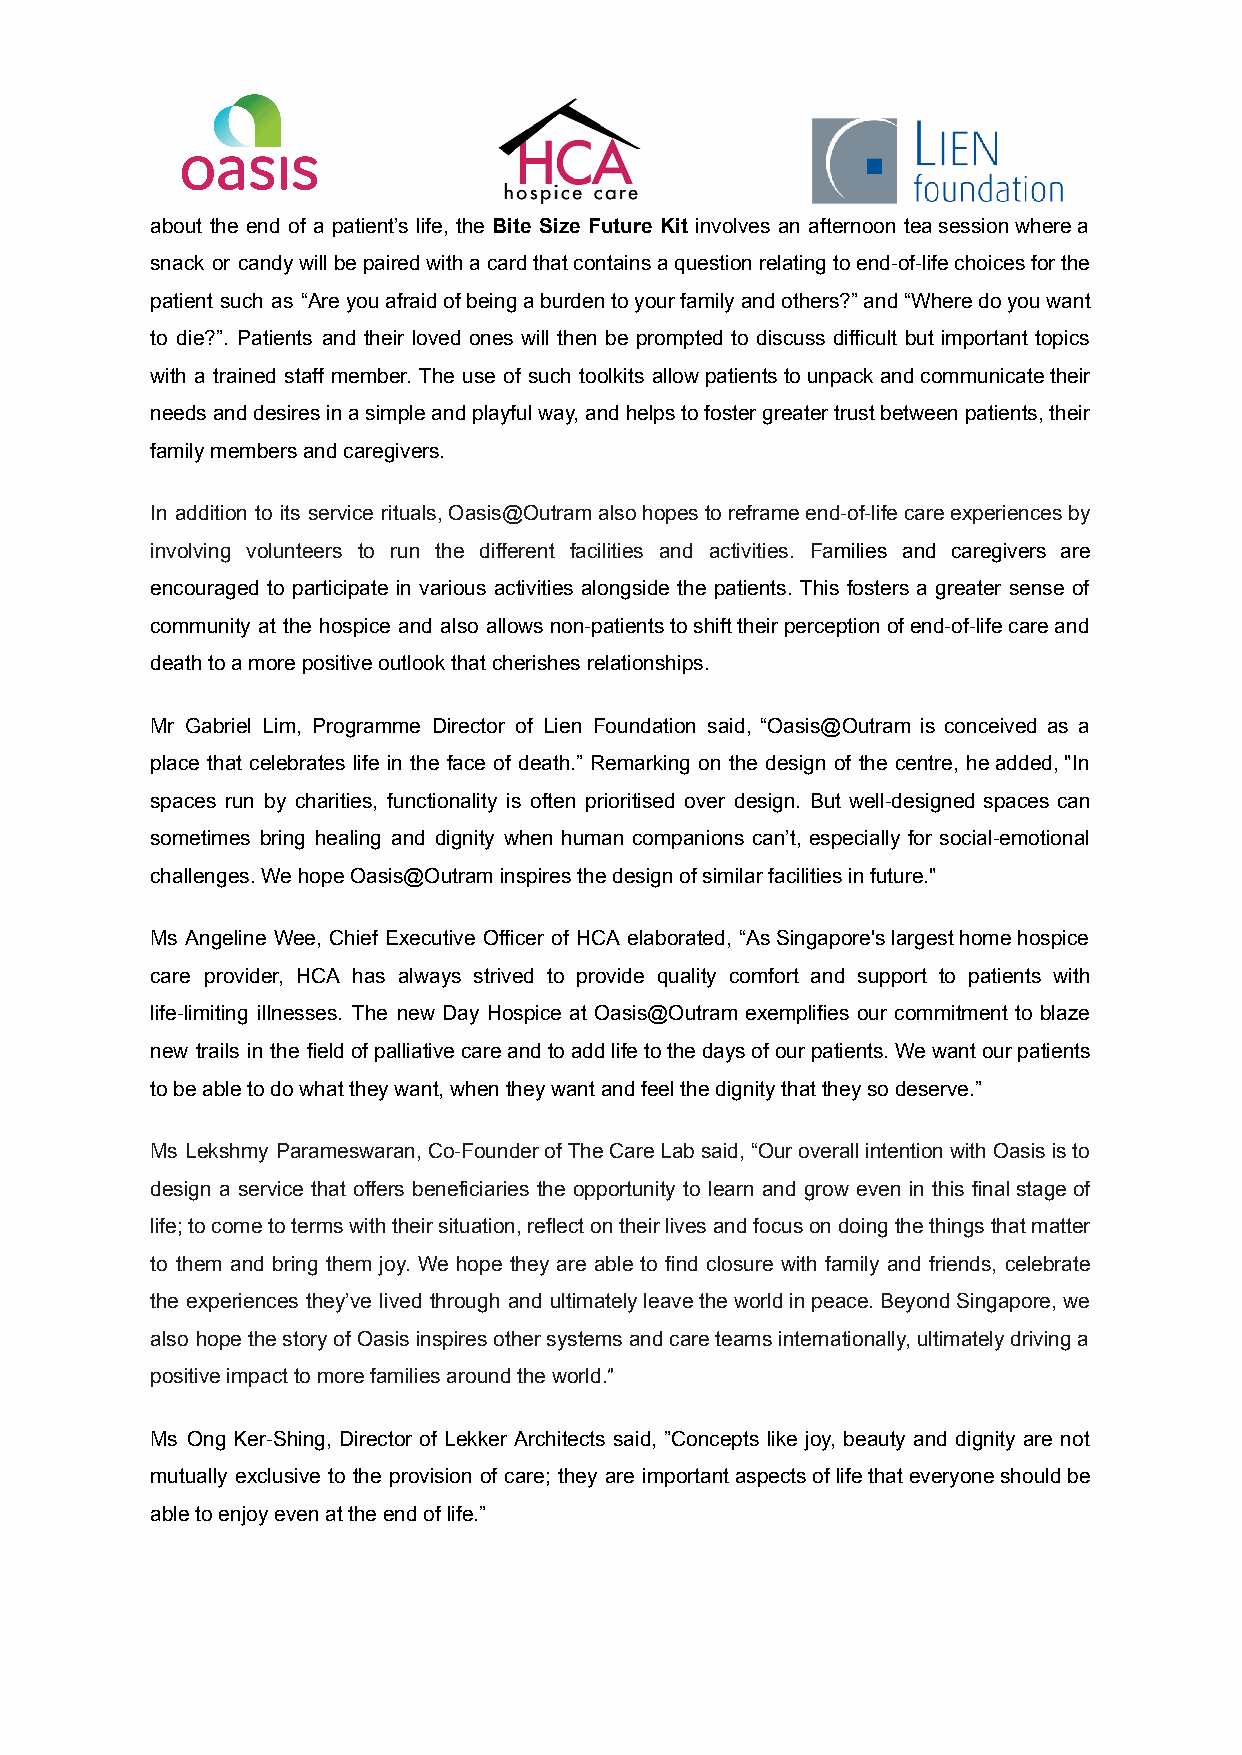
about the end of a patient’s life, the Bite Size Future Kit involves an afternoon teasessionwherea
 snack or candywillbepairedwithacardthatcontainsaquestionrelatingtoend-of-lifechoicesforthe
 patient such as “Areyouafraidofbeingaburdentoyourfamilyandothers?”and“Wheredoyouwant
 to die?”. Patients and their loved ones will then be prompted to discuss difficult but important topics
 with a trained staff member. The use of such toolkits allowpatientstounpackandcommunicatetheir
 needsanddesiresinasimpleandplayfulway,andhelpstofostergreatertrustbetweenpatients,their
 family members and caregivers.
 In addition to its service rituals,Oasis@Outramalsohopestoreframeend-of-lifecareexperiencesby
 involving volunteers to run the different facilities and activities. Families and caregivers are
 encouraged to participate in various activities alongside the patients. This fosters a greater sense of
 community at the hospice and also allowsnon-patientstoshifttheirperceptionofend-of-lifecareand
 death to a more positive outlook that cherishes relationships.
 Mr Gabriel Lim, Programme Director of Lien Foundation said, “Oasis@Outram is conceived as a
 place that celebrates life in the face of death.” Remarking on the design of the centre, headded,"In
 spaces run by charities, functionality is often prioritised over design. But well-designed spaces can
 sometimes bring healing and dignity when human companions can’t, especially for social-emotional
 challenges. We hope Oasis@Outram inspires the design of similar facilities in future."
 Ms Angeline Wee, Chief Executive Officer of HCA elaborated, “AsSingapore'slargesthomehospice
 care provider, HCA has always strived to provide quality comfort and support to patients with
 life-limiting illnesses. The new Day Hospice at Oasis@Outram exemplifies our commitment to blaze
 new trails in the fieldofpalliativecareandtoaddlifetothedaysofourpatients.Wewantourpatients
 to be able to do what they want, when they want and feel the dignity that they so deserve.”
 Ms Lekshmy Parameswaran,Co-FounderofTheCareLabsaid,“OuroverallintentionwithOasisisto
 design a service that offers beneficiaries the opportunity to learn and grow even in this finalstageof
 life;tocometotermswiththeirsituation,reflectontheirlivesandfocusondoingthethingsthatmatter
 to them and bring them joy. We hope they are able to find closure with family and friends, celebrate
 the experiences they’ve lived through and ultimatelyleavetheworldinpeace.BeyondSingapore,we
 also hopethestoryofOasisinspiresothersystemsandcareteamsinternationally,ultimatelydrivinga
 positive impact to more families around the world.”
 Ms Ong Ker-Shing, Director of Lekker Architects said, ”Concepts like joy, beauty and dignity are not
 mutually exclusive to the provision of care; they are importantaspectsoflifethateveryoneshouldbe
 able to enjoy even at the end of life.”